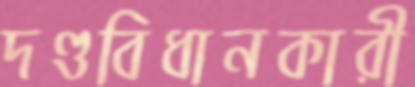
দণ্ডবিধানকারী